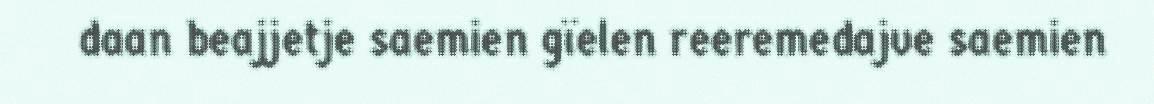
daan beajjetje saemien gïelen reeremedajve saemien